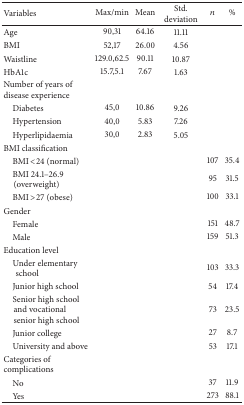
<table><thead><tr><td><b>Variables</b></td><td><b>Max/min</b></td><td><b>Mean</b></td><td><b>Std. deviation</b></td><td><b><i>n</i></b></td><td><b>%</b></td></tr></thead><tbody><tr><td>Age</td><td>90,31</td><td>64.16</td><td>11.11</td><td> </td><td> </td></tr><tr><td>BMI</td><td>52,17</td><td>26.00</td><td>4.56</td><td> </td><td> </td></tr><tr><td>Waistline</td><td>129.0,62.5</td><td>90.11</td><td>10.87</td><td> </td><td> </td></tr><tr><td>HbA1c</td><td>15.7,5.1</td><td>7.67</td><td>1.63</td><td> </td><td> </td></tr><tr><td>Number of years of disease experience</td><td> </td><td> </td><td> </td><td> </td><td> </td></tr><tr><td> Diabetes</td><td>45,0</td><td>10.86</td><td>9.26</td><td> </td><td> </td></tr><tr><td> Hypertension</td><td>40,0</td><td>5.83</td><td>7.26</td><td> </td><td> </td></tr><tr><td> Hyperlipidaemia</td><td>30,0</td><td>2.83</td><td>5.05</td><td> </td><td> </td></tr><tr><td>BMI classification</td><td> </td><td> </td><td> </td><td> </td><td> </td></tr><tr><td> BMI &lt;24 (normal)</td><td> </td><td> </td><td> </td><td>107</td><td>35.4</td></tr><tr><td> BMI 24.1–26.9 (overweight)</td><td> </td><td> </td><td> </td><td>95</td><td>31.5</td></tr><tr><td> BMI &gt;27 (obese)</td><td> </td><td> </td><td> </td><td>100</td><td>33.1</td></tr><tr><td>Gender</td><td> </td><td> </td><td> </td><td> </td><td> </td></tr><tr><td> Female</td><td> </td><td> </td><td> </td><td>151</td><td>48.7</td></tr><tr><td> Male</td><td> </td><td> </td><td> </td><td>159</td><td>51.3</td></tr><tr><td>Education level</td><td> </td><td> </td><td> </td><td> </td><td> </td></tr><tr><td> Under elementary school</td><td> </td><td> </td><td> </td><td>103</td><td>33.3</td></tr><tr><td> Junior high school</td><td> </td><td> </td><td> </td><td>54</td><td>17.4</td></tr><tr><td> Senior high school and vocational senior high school</td><td> </td><td> </td><td> </td><td>73</td><td>23.5</td></tr><tr><td> Junior college</td><td> </td><td> </td><td> </td><td>27</td><td>8.7</td></tr><tr><td> University and above</td><td> </td><td> </td><td> </td><td>53</td><td>17.1</td></tr><tr><td>Categories of complications</td><td> </td><td> </td><td> </td><td> </td><td> </td></tr><tr><td> No</td><td> </td><td> </td><td> </td><td>37</td><td>11.9</td></tr><tr><td> Yes</td><td> </td><td> </td><td> </td><td>273</td><td>88.1</td></tr></tbody></table>